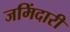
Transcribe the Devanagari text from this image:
जमिंदारी